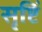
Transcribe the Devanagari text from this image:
सृष्टिं